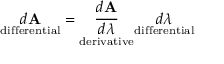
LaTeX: { \underset { \mathrm { d i f f e r e n t i a l } } { d \mathbf { A } } } = { \underset { \mathrm { d e r i v a t i v e } } { \frac { d \mathbf { A } } { d \lambda } } } { \underset { \mathrm { d i f f e r e n t i a l } } { d \lambda } }